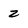
Character: 2